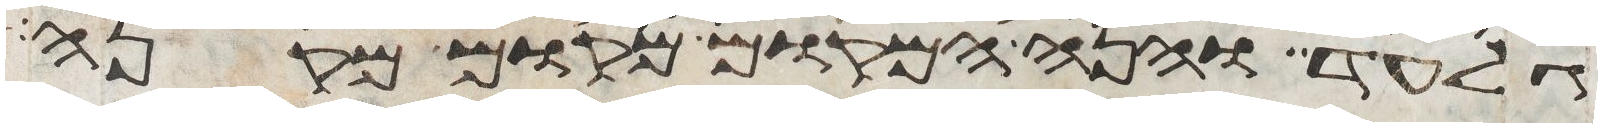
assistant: גלעד והנה המקום מקום מקנה